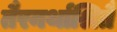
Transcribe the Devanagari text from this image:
तैरनर्थाश्रितै